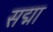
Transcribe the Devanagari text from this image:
सद्मा